Report on metropolitan horse fairs and district horse shows of 1891-92 - 1891-1892
Year: 1891
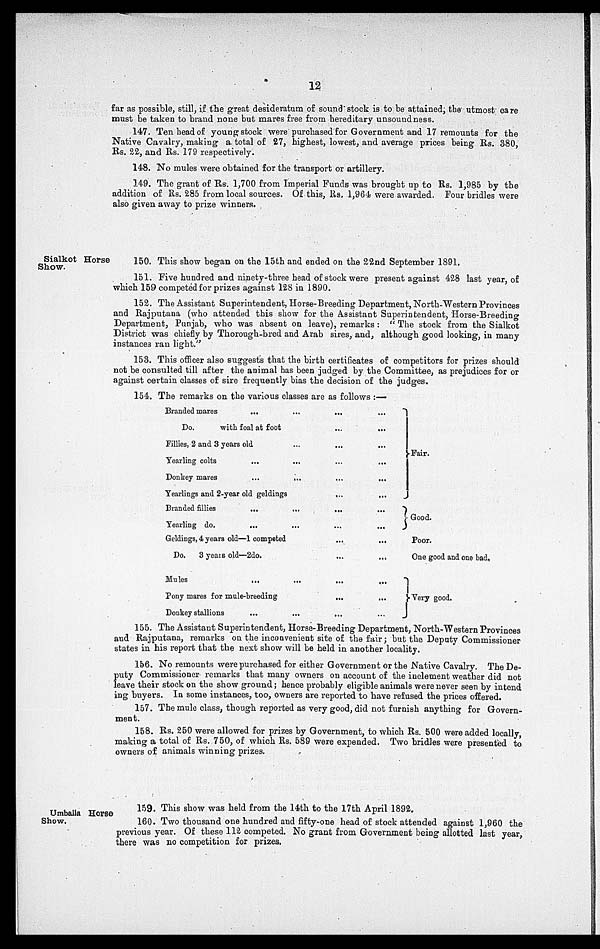
12
far as possible, still, if the great desideratum of sound stock is to be attained, the utmost care
must be taken to brand none but mares free from hereditary unsoundness.
147. Ten head of young stock were purchased for Government and 17 remounts for the
Native Cavalry, making a total of 27, highest, lowest, and average prices being Rs. 380,
Rs. 22, and Rs. 179 respectively.
148. No mules were obtained for the transport or artillery.
149. The grant of Rs. 1,700 from Imperial Funds was brought up to Rs. 1,985 by the
addition of Rs. 285 from local sources. Of this, Rs. 1,964 were awarded. Four bridles were
also given away to prize winners.
Sialkot Horse
Show.
150. This show began on the 15th and ended on the 22nd September 1891.
151. Five hundred and ninety-three head of stock were present against 428 last year, of
which 159 competed for prizes against 128 in 1890.
152. The Assistant Superintendent, Horse-Breeding Department, North-Western Provinces
and Rajputana (who attended this show for the Assistant Superintendent, Horse-Breeding
Department, Punjab, who was absent on leave), remarks: "The stock from the Sialkot
District was chiefly by Thorough-bred and Arab sires, and, although good looking, in many
instances ran light."
153. This officer also suggests that the birth certificates of competitors for prizes should
not be consulted till after the animal has been judged by the Committee, as prejudices for or
against certain classes of sire frequently bias the decision of the judges.
154. The remarks on the various classes are as follows:—
Branded mares
...
Do.
with foal at foot
Fillies, 2 and 3 years old
Yearling colts
Donkey mares
...
...
Yearlings and 2-year old geldings
Branded fillies
Yearling do.
...
...
Geldings, 4 years old—1 competed
Do. 3 years old—2do.
Mules
...
Pony mares for mule-breeding
Donkey stallions
...
...
...
...
...
...
...
...
...
...
...
...
...
...
...
...
...
...
...
...
...
...
...
...
...
...
...
...
...
...
...
...
...
...
...
Fair.
Good.
Poor.
One good and one bad.
Very good.
155. The Assistant Superintendent, Horse-Breeding Department, North-Western Provinces
and Rajputana, remarks on the inconvenient site of the fair; but the Deputy Commissioner
states in his report that the next show will be held in another locality.
156. No remounts were purchased for either Government or the Native Cavalry. The De-
puty Commissioner remarks that many owners on account of the inclement weather did not
leave their stock on the show ground; hence probably eligible animals were never seen by intend
ing buyers. In some instances, too, owners are reported to have refused the prices offered.
157. The mule class, though reported as very good, did not furnish anything for Govern-
ment.
158. Rs. 250 were allowed for prizes by Government, to which Rs. 500 were added locally,
making a total of Rs. 750, of which Rs. 589 were expended. Two bridles were presented to
owners of animals winning prizes.
Umballa Horse
Show.
159. This show was held from the 14th to the 17th April 1892.
160. Two thousand one hundred and fifty-one head of stock attended against 1,960 the
previous year. Of these 112 competed. No grant from Government being allotted last year,
there was no competition for prizes.